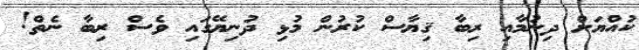
ކުއްޔަށް ދިނުމާއި ރިބާ ޤިޔާސް ކުރުން މުޅި ދުނިޔޭގައި ވެސް ރިބާ ނެތް!